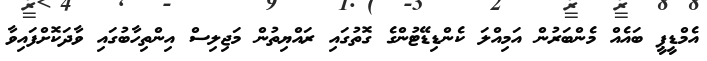
އެމްޑީޕީ ބައެއް މެންބަރުން އަމިއްލަ ކެންޑިޑޭޓުންގެ ގޮތުގައި ރައްޔިތުން މަޖިލިސް އިންތިހާބުގައި ވާދަކޮށްފައިވާ